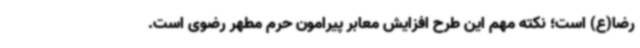
رضا(ع) است؛ نکته مهم این طرح افزایش معابر پیرامون حرم مطهر رضوی است.